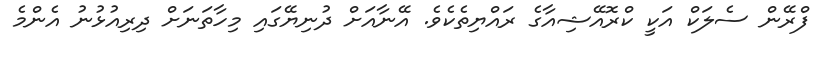
ފްރޭން ސެލަކް އަކީ ކްރޮއޭޝިއާގެ ރައްޔިތެކެވެ. އޭނާއަށް ދުނިޔޭގައި މިހާތަނަށް ދިރިއުޅުނު އެންމެ